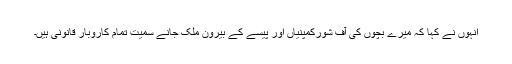
انہوں نے کہا کہ میرے بچوں کی آف شورکمپنیاں اور پیسے کے بیرون ملک جانے سمیت تمام کاروبار قانونی ہیں۔